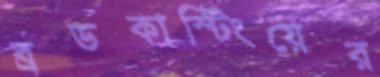
ব্রডকাস্টিংয়ের